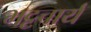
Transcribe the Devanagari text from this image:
भट्टचार्य